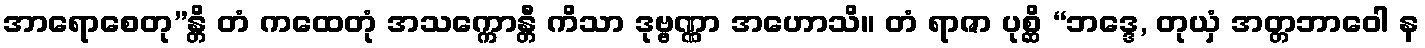
အာရောစေတု”န္တိ တံ ကထေတုံ အသက္ကောန္တီ ကိသာ ဒုဗ္ဗဏ္ဏာ အဟောသိ။ တံ ရာဇာ ပုစ္ဆိ “ဘဒ္ဒေ, တုယှံ အတ္တဘာဝေါ န